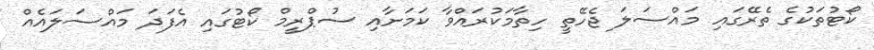
ކޯޓުތަކުގެ ތެރޭގައި މައްސަލަ ޖެހޭތީ ހިތާމަކުރައްވާ ކަމަށާއި ސުޕްރީމް ކޯޓުގައި އެފަދަ މައްސަލައެއް